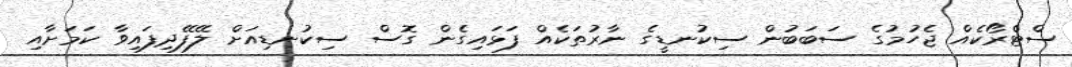
ސްޓްރޯކެއް ޖެހުމުގެ ސަބަބުން ސިކުނޑީގެ ނާރުތަކެއް ފަޅައިގެން ގޮސް ސިކުނޑިއަށް ލޭފޭދިފައިވާ ކަމަށާއި